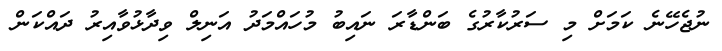
ނުޖެހޭނެ ކަމަށް މި ސަރުކާރުގެ ބަންޑާރަ ނައިބު މުހައްމަދު އަނިލް ވިދާޅުވާއިރު ދައްކަން